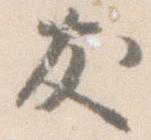
友